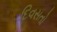
દિવસતો